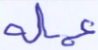
عملة